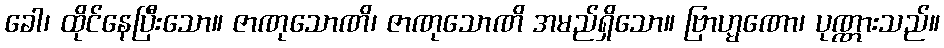
ခေါ၊ ထိုင်နေပြီးသော။ ဇာဏုသောဏိ၊ ဇာဏုသောဏိ အမည်ရှိသော။ ဗြာဟ္မဏော၊ ပုဏ္ဏားသည်။